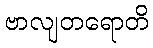
ဗာလျတရောတိ